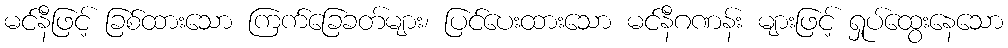
မင်နီဖြင့် ခြစ်ထားသော ကြက်ခြေခတ်များ၊ ပြင်ပေးထားသော မင်နီဂဏန်း များဖြင့် ရှုပ်ထွေးနေသော